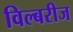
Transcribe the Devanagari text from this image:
विल्बरीज